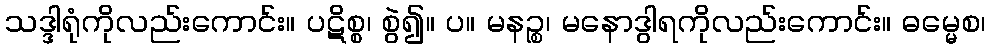
သဒ္ဒါရုံကိုလည်းကောင်း။ ပဋိစ္စ၊ စွဲ၍။ ပ။ မနဉ္စ၊ မနောဒွါရကိုလည်းကောင်း။ ဓမ္မေစ၊